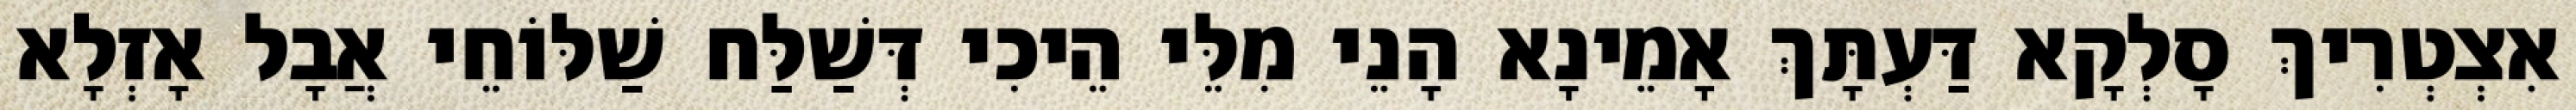
אִצְטְרִיךְ סָלְקָא דַּעְתָּךְ אָמֵינָא הָנֵי מִלֵּי הֵיכִי דְּשַׁלַּח שַׁלּוֹחֵי אֲבָל אָזְלָא